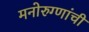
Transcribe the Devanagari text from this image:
मनोरुग्णांची